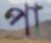
পা